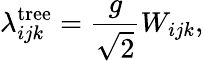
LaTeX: \lambda_{ijk}^{\mathrm{tree}}=\frac{g}{\sqrt{2}}W_{ijk},